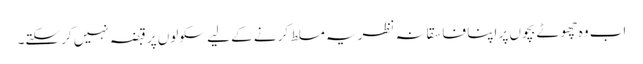
اب وہ چھوٹے بچوں پر اپنا فاسقانہ نظریہ مسلط کرنے کے لیے سکولوں پر قبضہ نہیں کر سکتے۔